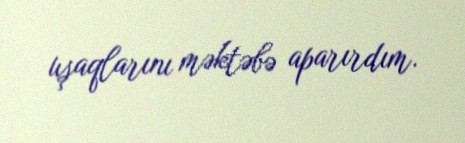
uşaqlarını məktəbə aparırdım.